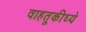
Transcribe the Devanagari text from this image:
वाहतूकीध्ये